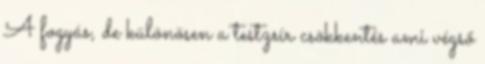
A fogyás, de különösen a testzsír csökkentés ami végső